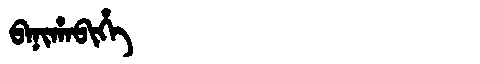
Manchu: ᠪᠠᠨᡳᡥᠠᠪᡳᡥᡝ
Romanization: BANIHABIHE